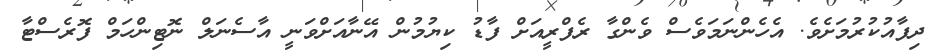
ދިފާއުކުރުމަށެވެ. އެހެންނަމަވެސް ވެންގާ ރެފްރީއަށް ފާޑު ކިޔުމުން އޭނާއަށްވަނީ އާސެނަލް ނޮޓިންހަމް ފޮރެސްޓާ